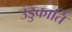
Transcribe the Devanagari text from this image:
उंडुकार्ति